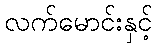
လက်မောင်းနှင့်